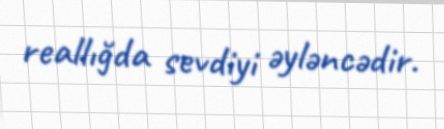
reallığda sevdiyi əyləncədir.